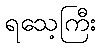
ရသေ့ကြီး